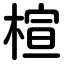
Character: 楦